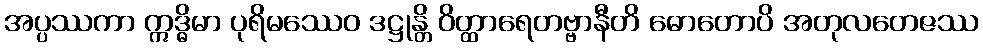
အပ္ပဿကာ ဣဒ္ဓိမာ ပုရိမဿေဝ ဒဋ္ဌုန္တိ ဝိတ္ထာရေတဗ္ဗာနီတိ ဓောတောပိ အတုလတေဇဿ